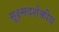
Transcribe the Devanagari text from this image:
सूक्ष्मदर्शकीय